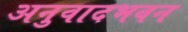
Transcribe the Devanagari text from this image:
अनुवादभवन